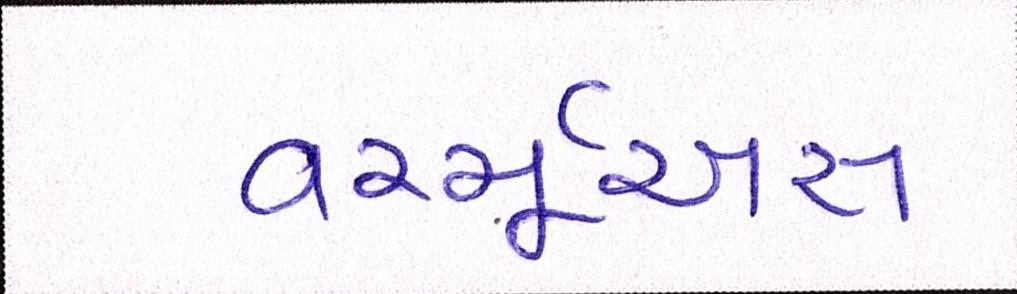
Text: વર્ચ્યૂઅસ